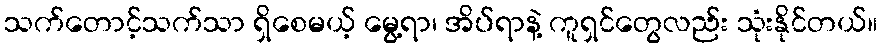
သက်တောင့်သက်သာ ရှိစေမယ့် မွေ့ရာ၊ အိပ်ရာနဲ့ ကူရှင်တွေလည်း သုံးနိုင်တယ်။